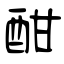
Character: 酣